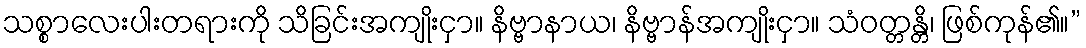
သစ္စာလေးပါးတရားကို သိခြင်းအကျိုးငှာ။ နိဗ္ဗာနာယ၊ နိဗ္ဗာန်အကျိုးငှာ။ သံဝတ္တန္တိ၊ ဖြစ်ကုန်၏။”